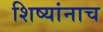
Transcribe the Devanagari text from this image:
शिष्यांनाच